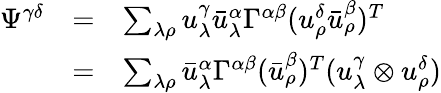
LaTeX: \begin{array}{llll}{{\Psi^{\gamma\delta}}}&{{=}}&{{\sum_{\lambda\rho}u_{\lambda}^{\gamma}{\bar{u}_{\lambda}^{\alpha}}\Gamma^{\alpha\beta}(u_{\rho}^{\delta}{\bar{u}_{\rho}^{\beta}})^{T}}}\\ {{}}&{{=}}&{{\sum_{\lambda\rho}{\bar{u}_{\lambda}^{\alpha}}\Gamma^{\alpha\beta}({\bar{u}_{\rho}^{\beta}})^{T}(u_{\lambda}^{\gamma}\otimes u_{\rho}^{\delta})}}\end{array}